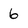
Character: 6